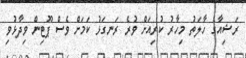
ރަޝިއާގެ ހާލަތު މިހާރު ކުރިއަށް ވުރެ ރަނގަޅު ކަމަށް ވެސް ޕޫޓިން ވިދާޅުވި